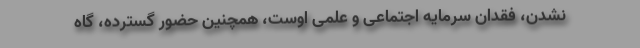
‌نشدن، فقدان سرمایه اجتماعی و علمی اوست، همچنین حضور گسترده، گاه